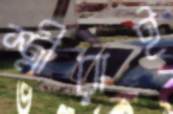
স্ত্রীরাই